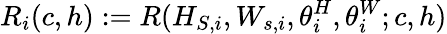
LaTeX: R_{i}(c,h):=R(H_{S,i},W_{s,i},\theta_{i}^{H},\theta_{i}^{W};c,h)